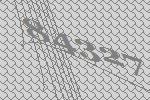
84327